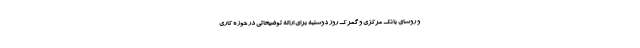
و روسای بانک مرکزی و گمرک روز دوشنبه برای ارائه توضیحاتی در حوزه کاری